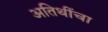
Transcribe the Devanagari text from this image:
अतिथींचा